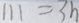
1 1 1 = 3 n